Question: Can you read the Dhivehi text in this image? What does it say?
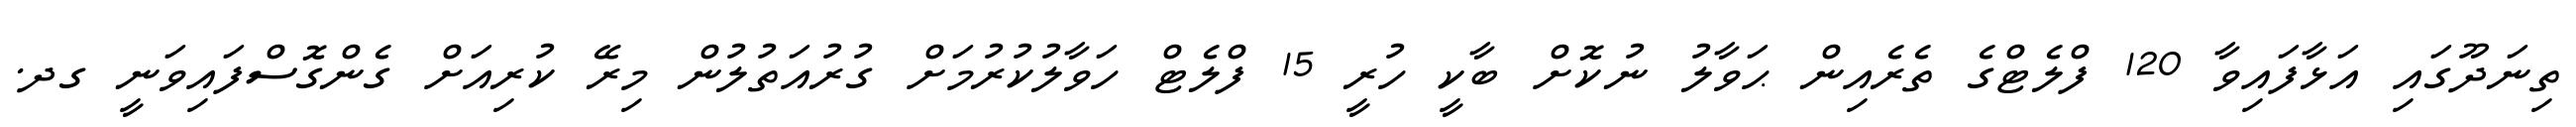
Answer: ތިނަދޫގައި އަޅާފައިވާ 120 ފްލެޓްގެ ތެރެއިން ޙަވާލު ނުކޮށް ބާކީ ހުރީ 15 ފްލެޓް ހަވާލުކުރުމަށް ގުރުއަތުލުން މިރޭ ކުރިއަށް ގެންގޮސްފައިވަނީ ގދ.